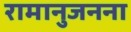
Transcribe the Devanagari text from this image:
रामानुजनना